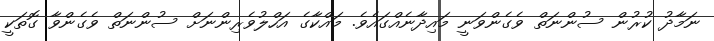
ނަމާދު ކުރުން ސުންނަތް ވެގެންވަނީ މައިދާނެއްގައެވެ. މައްކާގެ އަހްލުވެރިންނަށް ސުންނަތް ވެގެންވާ ގޮތަކީ